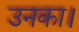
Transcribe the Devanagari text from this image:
उनका।